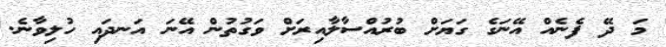
މަ ދޭ ފެނެއް އޭނަގެ ގަޔަށް ބުރުއްސާލާއިރަށް ވަގުތުން އޭނަ އަނދައި ހުލިވާނެ.